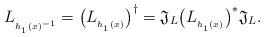
LaTeX: \begin{align*}L_{{}_{{h_{{}_1} (x)}^{-1}}} = \big( L_{{}_{h_{{}_1} (x)}} \big)^\dagger = \mathfrak{J}_L \big( L_{{}_{h_{{}_1} (x)}} \big)^* \mathfrak{J}_L .\end{align*}